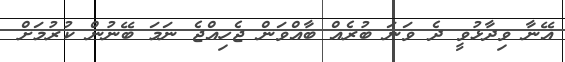
އޭނާ ވިދާޅުވީ ދެ ވަނަ ބުރެއް ބާއްވަން ޖެހިއްޖެ ނަމަ ބޭނުން ކުރުމަށް